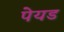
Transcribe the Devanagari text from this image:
पेयड